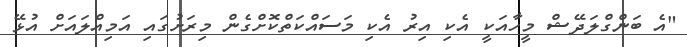
"އެ ބަންގްލަދޭޝް މީހާއަކީ އެކި އިރު އެކި މަސައްކަތްކޮށްގެން މިރަށުގައި އަމިއްލައަށް އުޅޭ